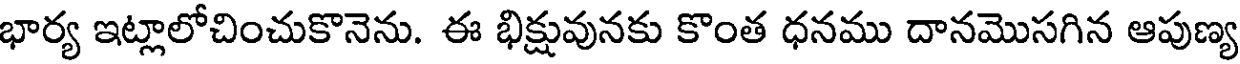
భార్య ఇట్లాలోచించుకొనెను. ఈ భిక్షువునకు కొంత ధనము దానమొసగిన ఆపుణ్య